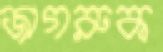
জাগরুক